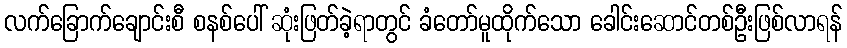
လက်ခြောက်ချောင်းစီ စနစ်ပေါ် ဆုံးဖြတ်ခဲ့ရာတွင် ခံတော်မူထိုက်သော ခေါင်းဆောင်တစ်ဦးဖြစ်လာရန်